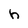
Character: h